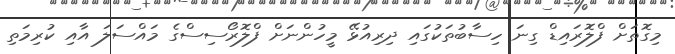
މިގޮތަށް ފްލޮރައިޑް ގިނަ ހިސާބުތަކުގައި ދިރިއުޅޭ މީހުންނަށް ފްލޮރޯސިސްގެ މައްސަލަ އާއި ކުރިމަތި